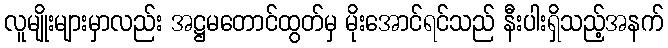
လူမျိုးများမှာလည်း အဋ္ဌမတောင်ထွတ်မှ မိုးအောင်ရင်သည် နီးပါးရှိသည့်အနက်